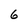
Character: 6